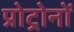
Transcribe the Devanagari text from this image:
प्रोट्रोनों